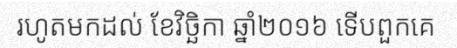
រហូតមកដល់ ខែវិច្ឆិកា ឆ្នាំ២០១៦ ទើបពួកគេ